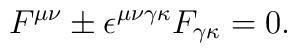
F^{\mu\nu} \pm \epsilon^{\mu\nu\gamma\kappa}F_{\gamma\kappa} = 0.